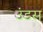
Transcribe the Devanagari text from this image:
उंडस